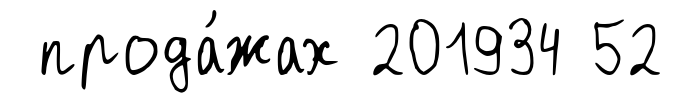
прода́жах 201934 52